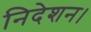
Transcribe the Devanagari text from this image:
निदेशन।